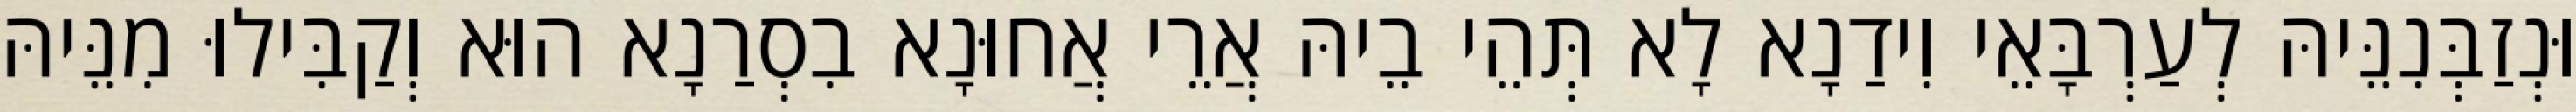
וּנְזַבְּנִנֵּיהּ לְעַרְבָּאֵי וִידַנָא לָא תְּהֵי בֵיהּ אֲרֵי אֲחוּנָא בִסְרַנָא הוּא וְקַבִּילוּ מִנֵּיהּ